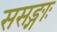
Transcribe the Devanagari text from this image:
ससङ्गाः